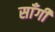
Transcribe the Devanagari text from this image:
साँगी